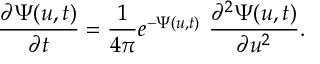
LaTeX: \frac { \partial \Psi ( u , t ) } { \partial t } = \frac { 1 } { 4 \pi } e ^ { - \Psi ( u , t ) } \ \frac { \partial ^ { 2 } \Psi ( u , t ) } { \partial u ^ { 2 } } .